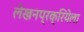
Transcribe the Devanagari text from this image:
लेखनप्रक्रियेला